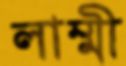
লাম্মী